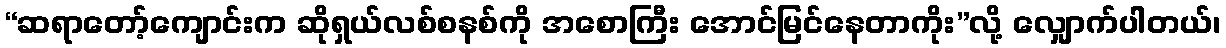
“ဆရာတော့်ကျောင်းက ဆိုရှယ်လစ်စနစ်ကို အစောကြီး အောင်မြင်နေတာကိုး”လို့ လျှောက်ပါတယ်၊